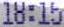
18:15